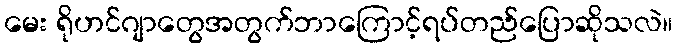
မေး ရိုဟင်ဂျာတွေအတွက်ဘာကြောင့်ရပ်တည်ပြောဆိုသလဲ။